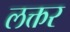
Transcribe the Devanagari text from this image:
लक्तर